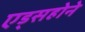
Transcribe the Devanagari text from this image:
एड्सहोने